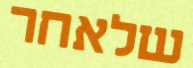
שלאחר